Lunatic asylums Central Provinces reports 1874-1885 - 1874-1885
Year: 1874
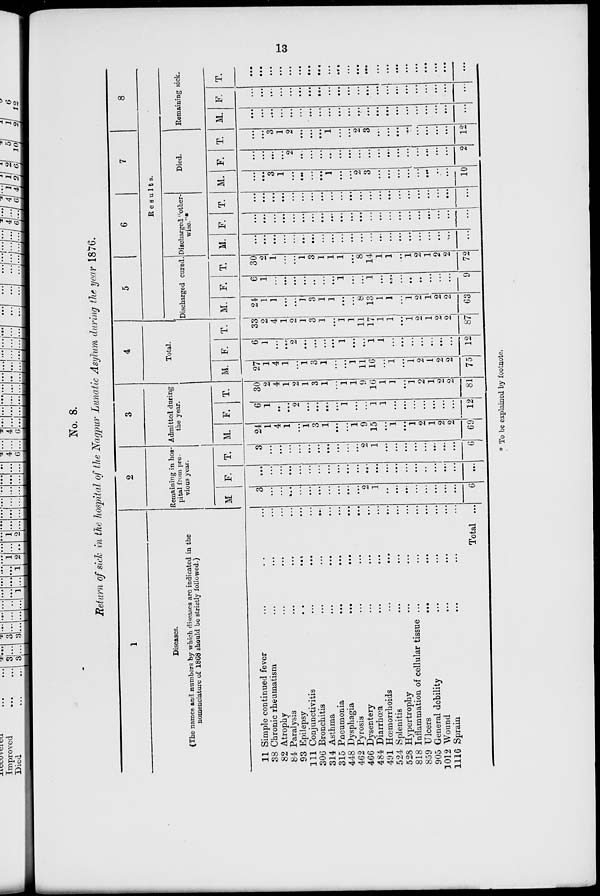
13
No. 8.
Return of sick in the hospital of the Nagpur Lunatic Asylum during the year 1876.
1
Diseases.
(The names and numbers by which diseases are indicated in the
nomenclature of 1868 should be strictly followed.)
11 Simple continued fever ... ... ...
38 Chronic rheumatism ... ... ...
82 Atrophy ... ... ...
84 Paralysis ... ... ...
93 Epilepsy
...
...
...
111 Conjunctivitis ... ... ...
306 Bronchitis
...
...
...
314 Asthma ... ... ...
315 Pneumonia ... ... ...
448 Dysphagia
...
...
...
462 Pyrosis ... ... ...
466 Dysentery ... ... ...
484 Diarrhœa ... ... ...
491 Hœmorrhoids ... ... ...
524 Splenitis ... ... ...
528 Hypertrophy ... ... ...
818 Inflammation of cellular tissue ... ... ...
859 Ulcers ... ... ...
905 General debility ... ... ...
1012 Wound ... ... ...
1116 Sprain ... ... ...
Total ...
2
Remaining in hos-
pital from pre-
vious year.
M
3
...
...
...
...
...
...
...
...
...
...
2
1
...
...
...
...
...
...
...
...
6
F.
...
...
...
...
...
...
...
...
...
...
...
...
...
...
...
...
...
...
...
...
...
...
T.
3
...
...
...
...
...
...
...
...
...
...
2
1
...
...
...
...
...
...
...
...
6
3
Admitted during
the year.
M.
24
1
4
1
...
1
3
1
...
...
1
9
15
...
1
...
1
2
1
2
2
69
F.
6
1
...
...
2
...
...
...
...
1
...
...
1
1
...
...
...
...
...
...
...
12
T.
30
2
4
1
2
1
3
1
...
1
1
9
16
1
1
...
1
2
1
2
2
81
4
Total.
M.
27
1
4
1
...
1
3
1
...
...
1
11
16
...
1
...
1
2
1
2
2
75
F.
6
1
...
...
2
...
...
...
...
1
...
...
1
1
...
...
...
...
...
...
...
12
T.
33
2
4
1
2
1
3
1
...
1
1
11
17
1
1
...
1
2
1
2
2
87
5
6
7
8
Results.
Discharged cured.
M.
24
1
1
...
...
1
3
1
1
...
...
8
13
1
1
...
1
2
1
2
2
63
F.
6
1
...
...
...
...
...
...
...
1
...
...
1
...
...
...
...
...
...
...
...
9
T.
30
2
1
...
...
1
3
1
1
1
...
8
14
1
1
...
1
2
1
2
2
72
Discharged "other-
wise."*
M.
...
...
...
...
...
...
...
...
...
...
...
...
...
...
...
...
...
...
...
...
...
...
F.
...
...
...
...
...
...
...
...
...
...
...
...
...
...
...
...
...
...
...
...
...
...
T.
...
...
...
...
...
...
...
...
...
...
...
...
...
...
...
...
...
...
...
...
...
...
Died.
M.
...
...
3
1
...
...
...
...
1
...
...
2
3
...
...
...
...
...
...
...
...
10
F.
...
...
...
...
2
...
...
...
...
...
...
...
...
...
...
...
...
...
...
...
...
2
T.
...
...
3
1
2
...
...
...
1
...
...
2
3
...
...
...
...
...
...
...
...
12
Remaining sick.
M.
...
...
...
...
...
...
...
...
...
...
...
...
...
...
...
...
...
...
...
...
...
...
F.
...
...
...
...
...
...
...
...
...
...
...
...
...
...
...
...
...
...
...
...
...
...
T.
...
...
...
...
...
...
...
...
...
...
...
...
...
...
...
...
...
...
...
...
...
...
* To be explained by footnote.